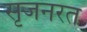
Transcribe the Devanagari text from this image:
सृजनरत